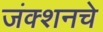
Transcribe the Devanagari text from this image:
जंक्शनचे